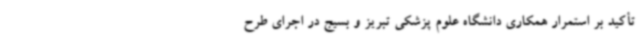
تأکید بر استمرار همکاری دانشگاه علوم پزشکی تبریز و بسیج در اجرای طرح